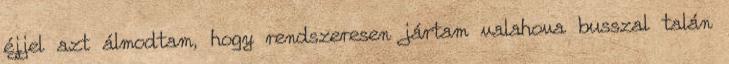
éjjel azt álmodtam, hogy rendszeresen jártam valahova busszal talán